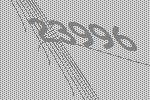
23996